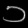
Digit: ၁